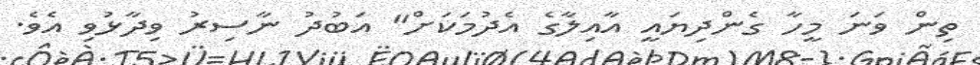
ތިން ވަނަ މީހާ ގެންދިޔައީ އާއިލާގެ އެދުމަކަށް" އަބުދު ނާސިރު ވިދާޅުވި އެވެ.